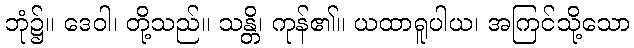
ဘုံ၌။ ဒေဝါ၊ တို့သည်။ သန္တိ၊ ကုန်၏။ ယထာရူပါယ၊ အကြင်သို့သော